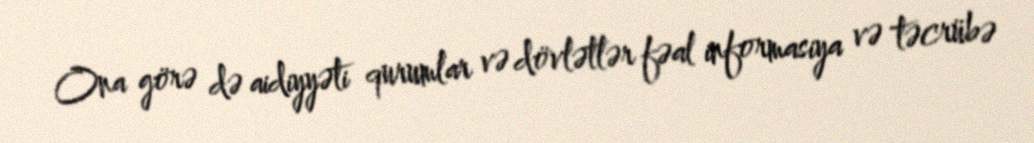
Ona görə də aidiyyəti qurumlar və dövlətlər fəal informasiya və təcrübə